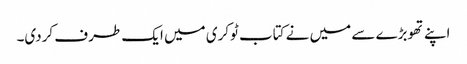
اپنے تھوبڑے سے میں نے کتاب ٹوکری میں ایک طرف کردی۔